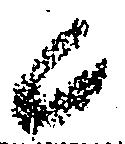
候